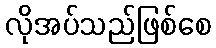
လိုအပ်သည်ဖြစ်စေ